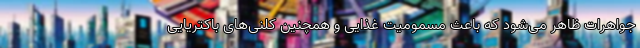
جواهرات ظاهر می‌شود که باعث مسمومیت غذایی و همچنین کلنی‌های باکتریایی